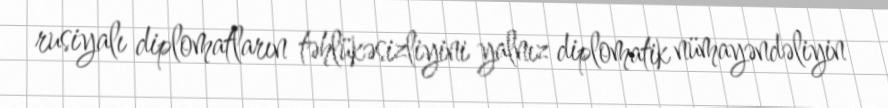
rusiyalı diplomatların təhlükəsizliyini yalnız diplomatik nümayəndəliyin